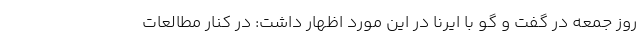
روز جمعه در گفت و گو با ایرنا در این مورد اظهار داشت: در کنار مطالعات